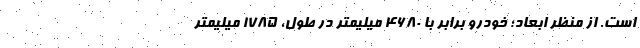
است. از منظر ابعاد؛ خودرو برابر با 4680 میلیمتر در طول، 1785 میلیمتر